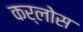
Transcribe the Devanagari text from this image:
कर्लोस